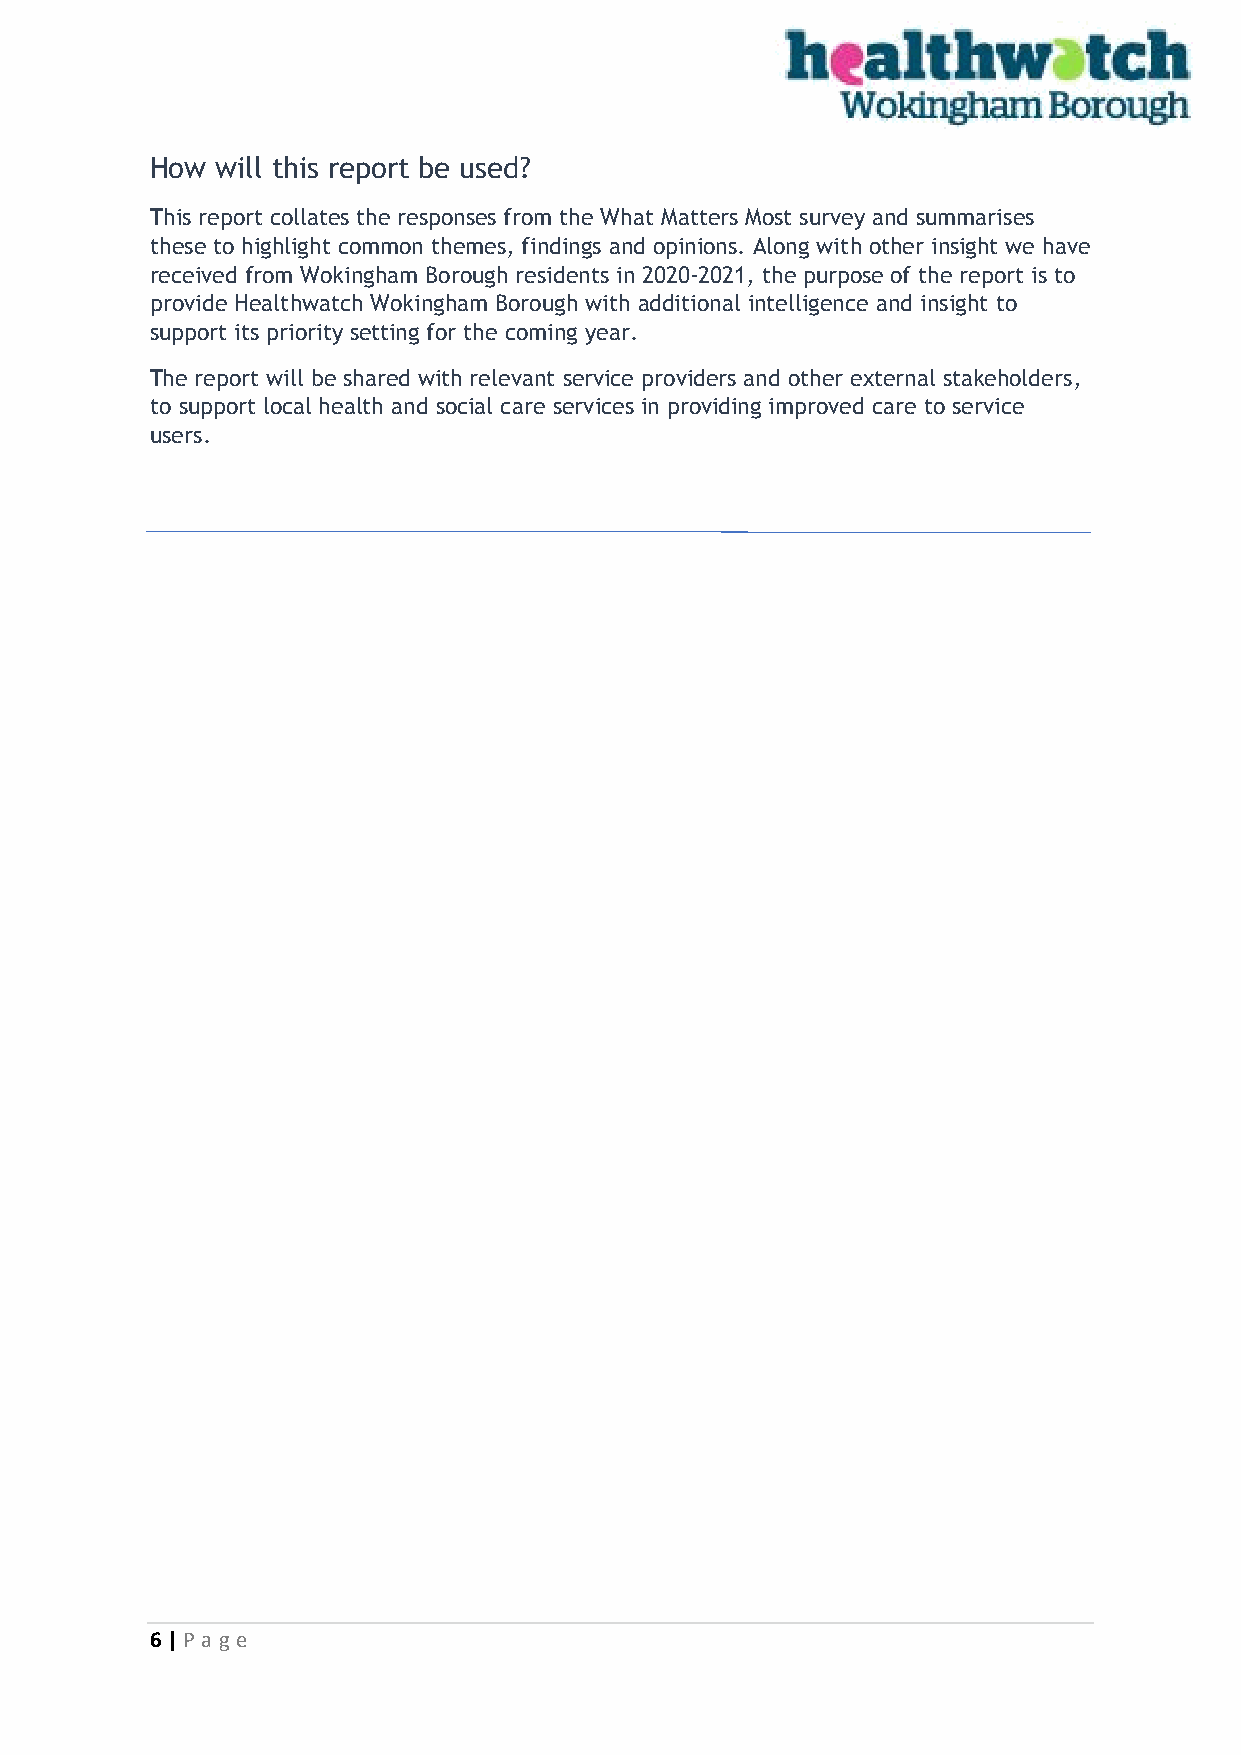
How will this report be used?
 This report collates the responses from the What Matters Most survey and summarises
 these to highlight common themes, findings and opinions. Along with other insight we have
 received from Wokingham Borough residents in 2020-2021, the purpose of the report is to
 provide Healthwatch Wokingham Borough with additional intelligence and insight to
 support its priority setting for the coming year.
 The report will be shared with relevant service providers and other external stakeholders,
 to support local health and social care services in providing improved care to service
 users.
 6 | P age